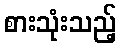
စားသုံးသည့်